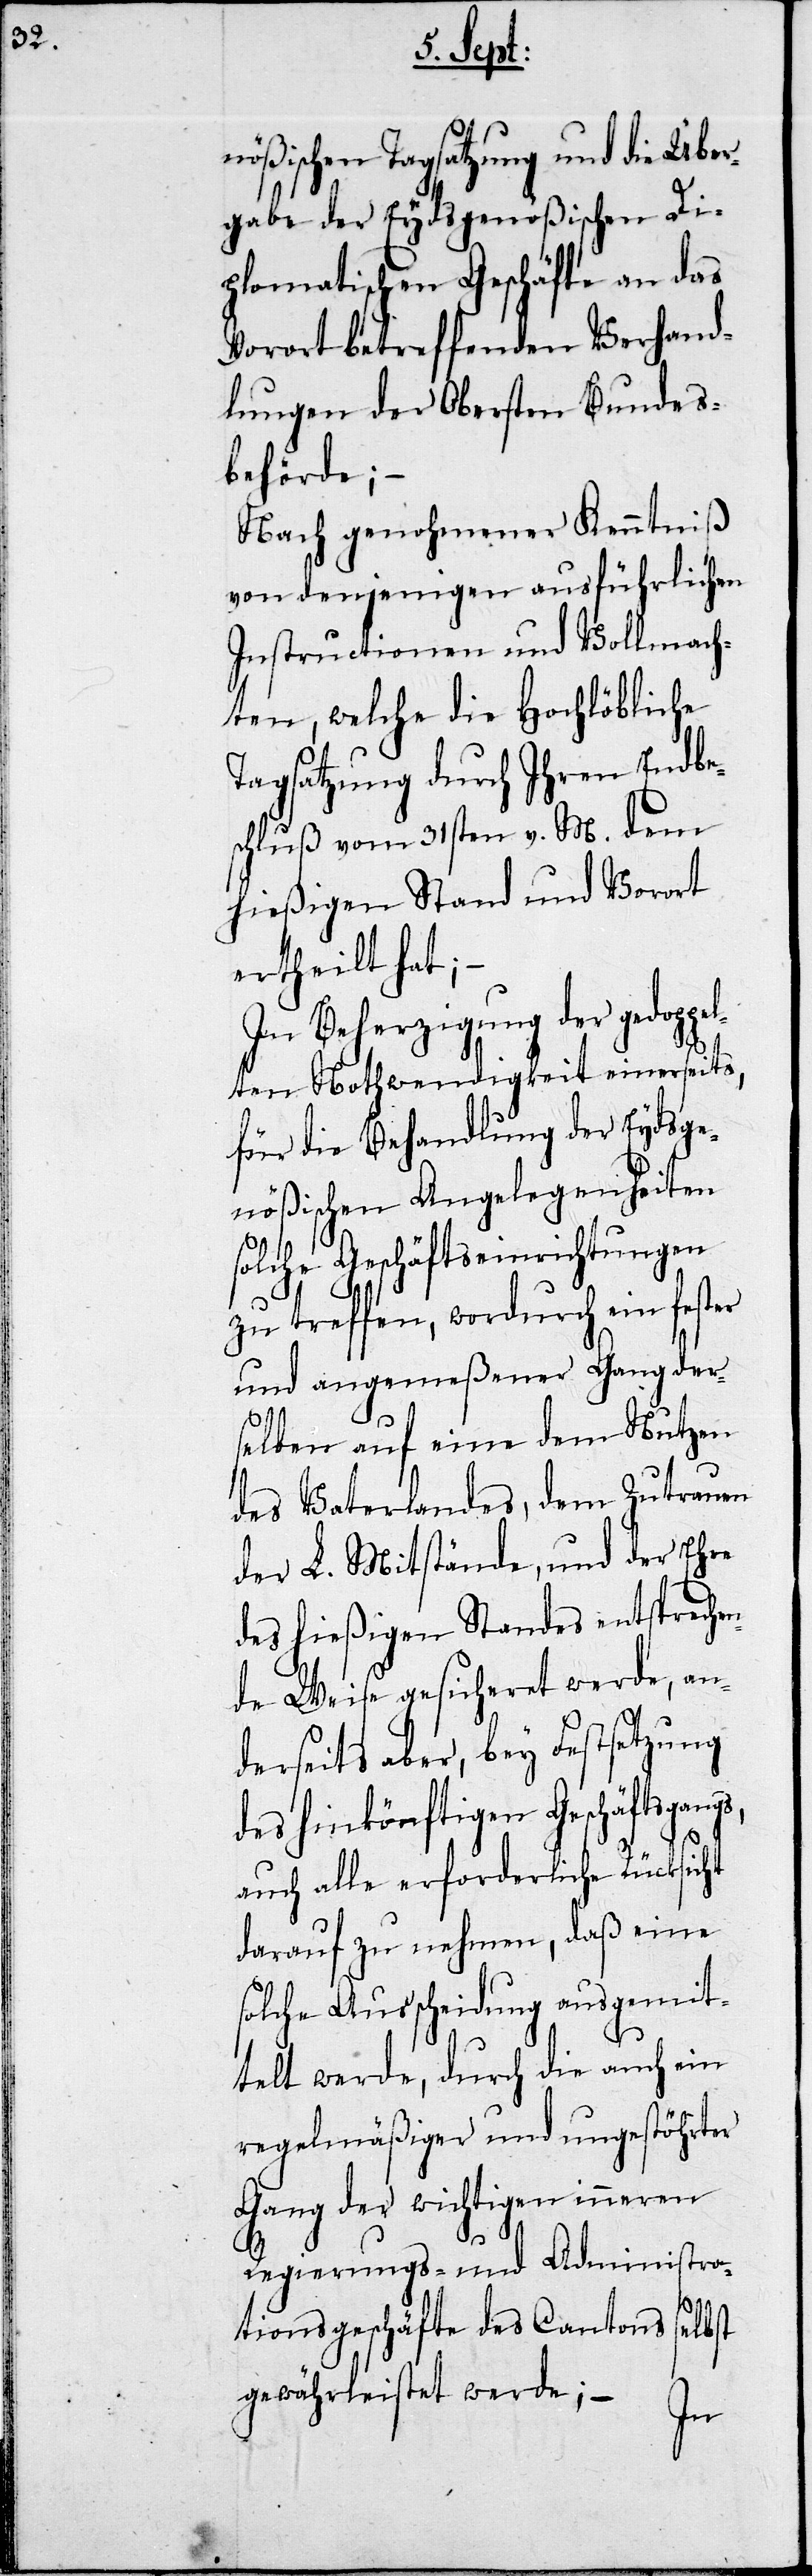
schäfte
nößischen Tagsatzung und die Über¬
gabe der Eydsgenößischen Ge¬
Vorort betreffenden Verhand¬
lungen der Obersten Bundes¬
behörde;
Nach genohmener Kenntniß
von denjenigen ausführlichen
Instructionen und Vollmach¬
ten, welche die Hochlöbliche
Tagsatzung durch Ihren Endbe¬
schluß vom 31sten v. M. dem
hießigen Stand und Vorort
ertheilt hat;
In Beherzigung der gedoppe¬
lten Nothwendigkeit einerseits,
für die Behandlung der Eydsge¬
nößischen Angelegenheiten
solcher Geschäftseinrichtungen
zu treffen, wordurch ein fester
und angemeßener angemeß¬
selben auf eine dem Nutzen
des Vaterlandes, dem Zutrauen
der L. Mitstände, und der Ehre
des hießigen Standes entsprechen¬
de Weise gesichert werde, an¬
derseits aber, bey Festsetzung
des hinkönftigen Geschäftsgang¬
auch alle erforderliche Rücksicht
darauf zu nehmen, daß eine
solche Ausscheidung ausgemit¬
telt werde, durch die auch ein
regelmäßiger und ungestöhrter
Gang der wichtigen neueren
Regierungs- und Administra¬
tionsgeschäfte des Cantons
elbst
gewährleistet werde; –
s¬